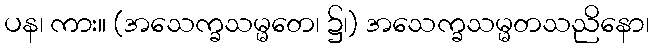
ပန၊ ကား။ (အသေက္ခသမ္မတေ၊ ၌၊) အသေက္ခသမ္မတသညိနော၊